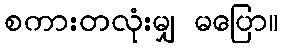
စကားတလုံးမျှ မပြော။